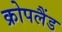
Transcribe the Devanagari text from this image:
क्रोपलैंड